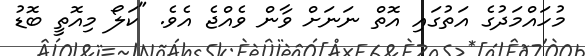
މުހައްމަދުގެ އަތުގައި އޮތް ނަނަށް ވާން ވެއްޖެ އެވެ. "ކަލޯ މިއޮތީ ބޮޑު